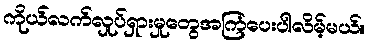
ကိုယ်လက်လှုပ်ရှားမှုတွေအကြံပေးပါလိမ့်မယ်။